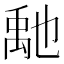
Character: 𥝀